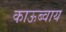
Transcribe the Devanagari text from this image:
काऊब्वाय